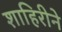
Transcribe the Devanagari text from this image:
शाहिरीने